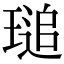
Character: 𤧫